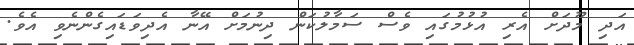
އަދި މޫދަށް އެރި އުޅުމުގައި ވެސް ސަމާލުކަން ދިނުމަށް އޭނާ އެދިވަޑައިގެންނެވި އެވެ.